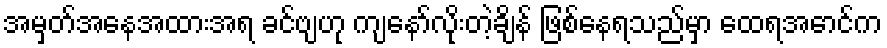
အမှတ်အနေအထားအရ ခင်ဗျဟု ကျနော်လိုးတဲ့ချိန် ဖြစ်နေရသည်မှာ ထေရအောင်က